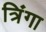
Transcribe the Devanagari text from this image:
त्रिंगा